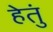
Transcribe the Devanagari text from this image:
हेतुं